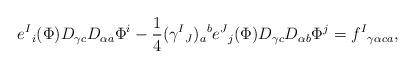
LaTeX: \begin{align*}e^{I}{}_{i}(\Phi)D_{\gamma c}D_{\alpha a }\Phi^{i}-{\frac{1}{4}}(\gamma^{I}{}_{J})_{ a }{}^{ b }e^{J}{}_{j}(\Phi)D_{\gamma c}D_{\alpha b }\Phi^{j}=f^{I}{}_{\gamma\alpha c a },\end{align*}